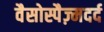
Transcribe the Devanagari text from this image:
वैसोस्पैज़्मदर्द